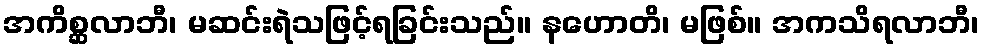
အကိစ္ဆလာဘီ၊ မဆင်းရဲသဖြင့်ရခြင်းသည်။ နဟောတိ၊ မဖြစ်။ အကသိရလာဘီ၊